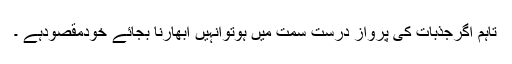
تاہم اگرجذبات کی پرواز درست سمت میں ہوتوانہیں ابھارنا بجائے خودمقصودہے ۔